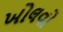
ખોલવો